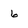
Character: 6